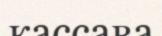
кассава